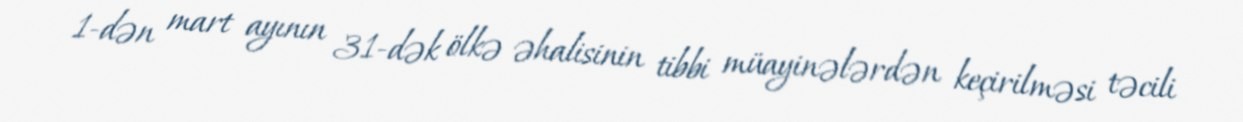
1-dən mart ayının 31-dək ölkə əhalisinin tibbi müayinələrdən keçirilməsi təcili